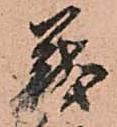
義